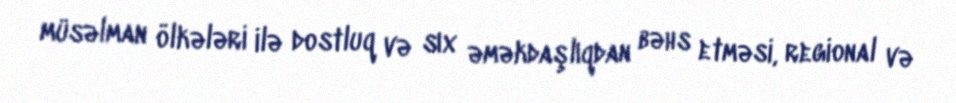
müsəlman ölkələri ilə dostluq və sıx əməkdaşlıqdan bəhs etməsi, regional və